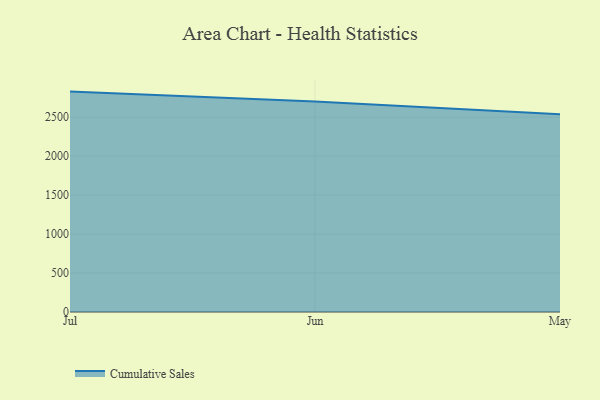
{"axis": {"x": "Month", "y": "Production Output"}, "legend": ["Cumulative Sales"], "data": [{"x": "Jul", "y": 2828.1, "type": "Cumulative Sales"}, {"x": "Jun", "y": 2699.6, "type": "Cumulative Sales"}, {"x": "May", "y": 2536.3, "type": "Cumulative Sales"}]}